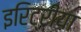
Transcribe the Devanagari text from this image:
इरिट्रीया